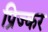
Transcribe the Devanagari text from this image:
प्रिज्कर